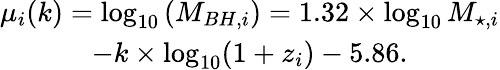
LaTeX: \begin{array}{c}{\mu_{i}(k)=\log_{10}\left(M_{BH,i}\right)=1.32\times\log_{10}M_{\star,i}}\\ {-k\times\log_{10}(1+z_{i})-5.86.}\end{array}